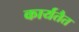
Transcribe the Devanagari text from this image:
कार्यतैत